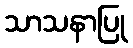
သာသနာပြု